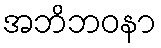
အဘိဘဝနာ